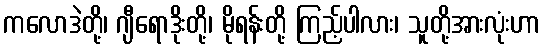
ကလောဒဲတို့၊ ဂျီရောဒိုးတို့၊ မိုရန်းတို့ ကြည့်ပါလား၊ သူတို့အားလုံးဟာ